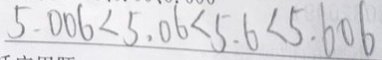
5 . 0 0 6 < 5 . 0 6 < 5 . 6 < 5 . 6 0 6